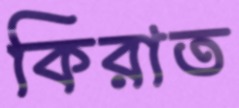
কিরাত